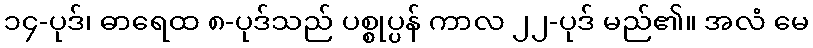
၁၄-ပုဒ်၊ ဓာရေထ ၈-ပုဒ်သည် ပစ္စုပ္ပန် ကာလ ၂၂-ပုဒ် မည်၏။ အလံ မေ